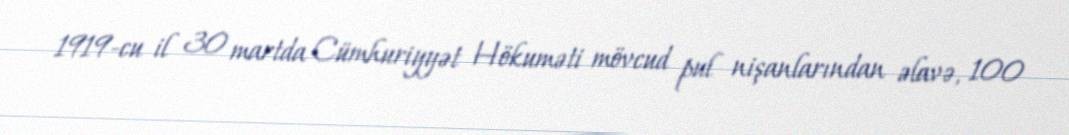
1919-cu il 30 martda Cümhuriyyət Hökuməti mövcud pul nişanlarından əlavə, 100